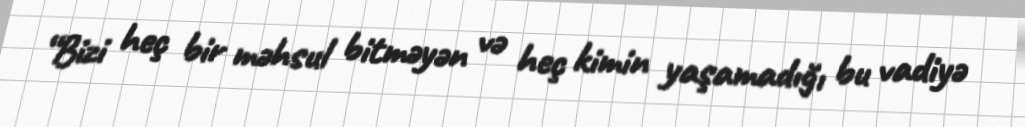
“Bizi heç bir məhsul bitməyən və heç kimin yaşamadığı bu vadiyə